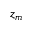
z _ { m }